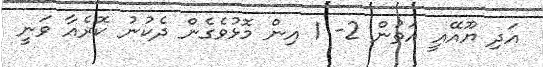
އަދި ޔޫއޭއީ އަތުން 2- 1 އިން މޮޅުވެގެން ދެކުނު ކޮރެއާ ވަނީ